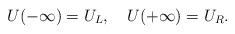
LaTeX: \begin{align*}U(-\infty)=U_L, \ \ \ U(+\infty)=U_R.\end{align*}